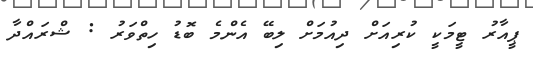
ޕީއާރު ޓީމަކީ ކުރިއަށް ދިއުމަށް ލިބޭ އެންމެ ބޮޑު ހިތްވަރު : ޝްރައްދާ